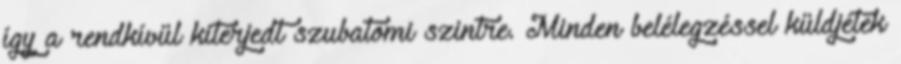
így a rendkívül kiterjedt szubatomi szintre. Minden belélegzéssel küldjétek